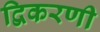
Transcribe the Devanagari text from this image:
द्विकरणी